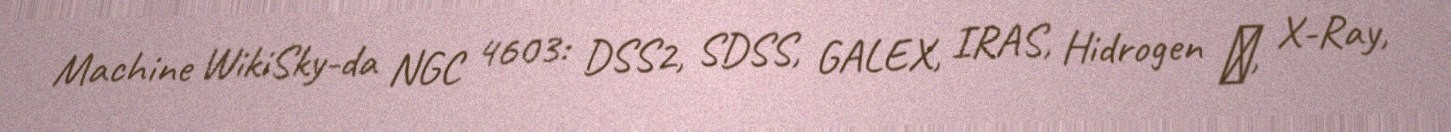
Machine WikiSky-da NGC 4603: DSS2, SDSS, GALEX, IRAS, Hidrogen α, X-Ray,